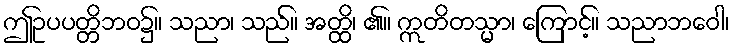
ဤဥပပတ္တိဘဝ၌။ သညာ၊ သည်။ အတ္ထိ၊ ၏။ ဣတိတသ္မာ၊ ကြောင့်။ သညာဘဝေါ၊